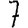
Digit: 7